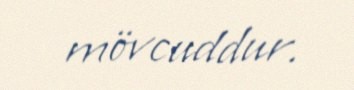
mövcuddur.